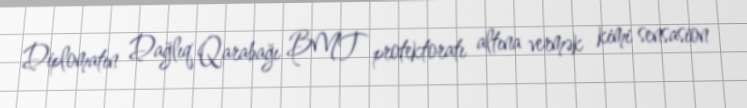
Diplomatın Dağlıq Qarabağı BMT protektoratı altına vermək kimi sensasion